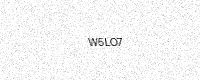
Text: W5LO7